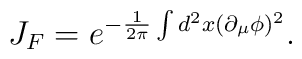
J_{F}=e^{-\frac{1}{2\pi }\int d^{2}x(\partial _{\mu }\phi )^{2}}.